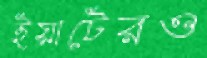
ইয়াটেরও